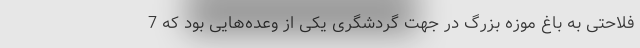
فلاحتی به باغ موزه بزرگ در جهت گردشگری یکی از وعده‌هایی بود که 7